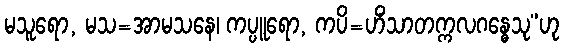
မသူရော, မသ=အာမသနေ၊ ကပ္ပူရော, ကပိ=ဟိံသာတက္ကလဂန္ဓေသု”ဟု